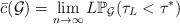
LaTeX: \begin{align*} \bar c (\mathcal G) = \lim_{n \rightarrow \infty} L \mathbb P_{\mathcal{G}} (\tau_L < \tau^*)\end{align*}